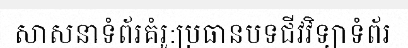
សាសនាទំព័រគំរូ:ប្រធានបទជីវវិទ្យាទំព័រ